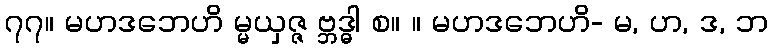
၇၇။ မဟဒဘေဟိ မ္မယှဇ္ဇ ဗ္ဘဒ္ဓါ စ။ ။ မဟဒဘေဟိ- မ, ဟ, ဒ, ဘ